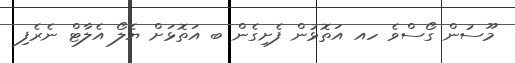
މޫސުން ގޯސްވެ ހއ އަތޮޅުން ފެށިގެން ބ އަތޮޅަށް ޔެލޯ އެލާޓް ނެރެފި